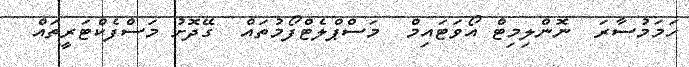
ހަމަމުސާރަ  ނޮންލިމިޓް އޯވަޓައިމް  މަސްޕްލެޓްފޯމުތައް  ގޭދޮށު މަސްފެކްޓަރީތައް